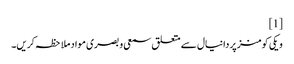
[1]
ویکی کومنز پر دانیال سے متعلق سمعی و بصری مواد ملاحظہ کریں۔